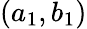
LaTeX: (a_{1},b_{1})